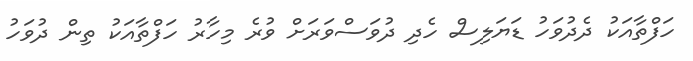
ހަފްތާއަކު ދެދުވަހު ޑަޔަލިސް ހެދި ދުވަސްވަރަށް ވުރެ މިހާރު ހަފްތާއަކު ތިން ދުވަހު